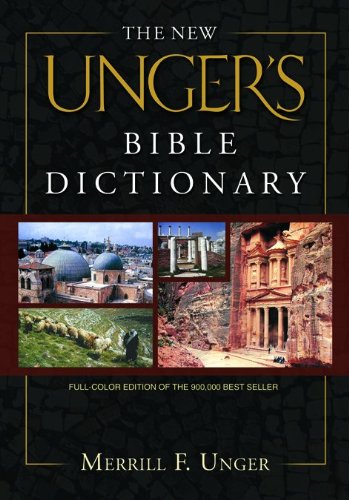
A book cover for The New Unger's Bible Dictionary; Merrill F. Unger; Christian Books & Bibles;